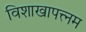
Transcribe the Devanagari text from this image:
विशाखापत्त्नम